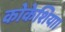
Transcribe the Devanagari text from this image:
कोकेशिया।